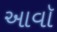
આવૉ